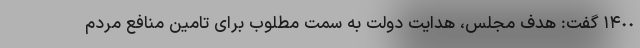
١۴٠٠ گفت: هدف مجلس، هدایت دولت به سمت مطلوب برای تامین منافع مردم